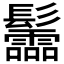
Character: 𩰂